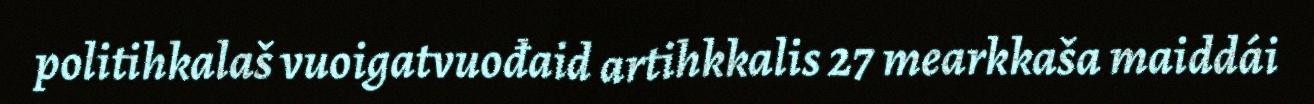
politihkalaš vuoigatvuođaid artihkkalis 27 mearkkaša maiddái